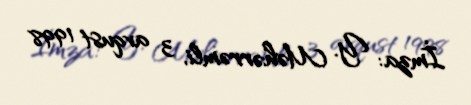
İmza: Y. Məhərrəmli, 3 avqust 1998